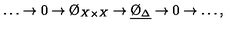
\ldots \to 0 \to \O _ { X \times X } \to \underline { { \O _ { \Delta } } } \to 0 \to \ldots ,